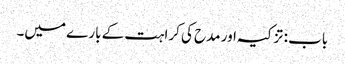
باب : تزکیہ اور مدح کی کراہت کے بارے میں۔